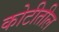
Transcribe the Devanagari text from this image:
कोटीतील